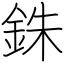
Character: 銖